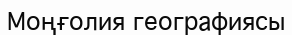
Моңғолия географиясы